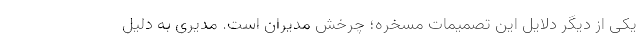
یکی از دیگر دلایل این تصمیمات مسخره؛ چرخش مدیران است. مدیری به دلیل